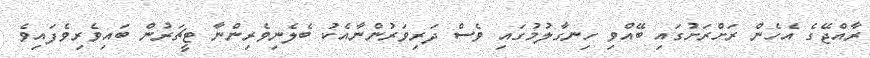
ރާއްޖޭގެ އެހެން ރަށްރަށުގައި ބޭއްވި ހިނގާލުމުގައި ވެސް ދަރިވަރުންނާއެކު ބެލެނިވެރިންނާ ޓީޗަރުން ބައިވެރިވެފައިވެ